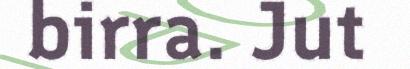
birra. Jut